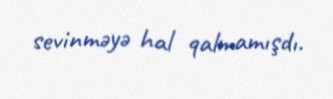
sevinməyə hal qalmamışdı.